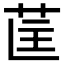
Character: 𮎵